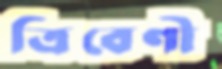
ত্রিবেণী